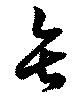
矢